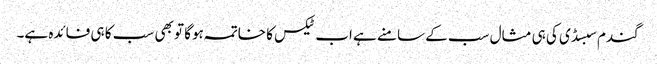
گندم سبسڈی کی ہی مثال سب کے سامنے ہے اب ٹیکس کا خاتمہ ہوگا تو بھی سب کا ہی فائدہ ہے۔